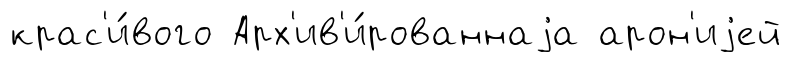
крас'и́вого Арх'ив'и́рованнаjа арон'иjей